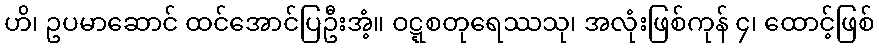
ဟိ၊ ဥပမာဆောင် ထင်အောင်ပြဦးအံ့။ ဝဋ္ဋစတုရေဿသု၊ အလုံးဖြစ်ကုန် ၄၊ ထောင့်ဖြစ်